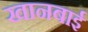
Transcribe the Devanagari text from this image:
खानबाई